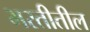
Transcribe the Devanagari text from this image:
भरतीतील